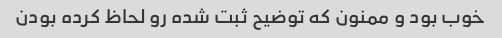
خوب بود و ممنون که توضیح ثبت شده رو لحاظ کرده بودن